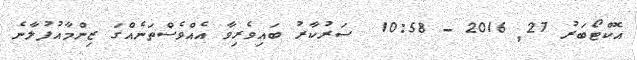
އޮކްޓޯބަރު 27